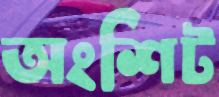
অংশিট